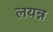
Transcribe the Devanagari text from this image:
लयन्न